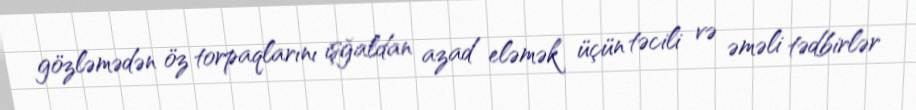
gözləmədən öz torpaqlarını işğaldan azad eləmək üçün təcili və əməli tədbirlər